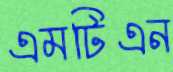
এমটিএন